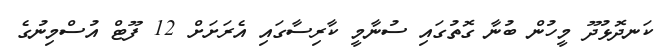
ކަނދޮޅުދޫ މީހުން ބުނާ ގޮތުގައި ސުނާމީ ކާރިސާގައި އެރަށަށް 12 ފޫޓް އުސްމިނުގެ